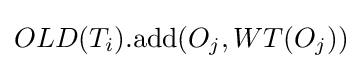
OLD(T_{i}).\mathrm {add} (O_{j},WT(O_{j}))